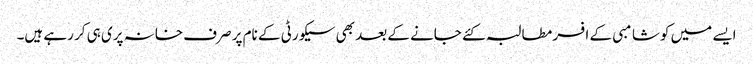
ایسے میں کوشامبی کے افسر مطالبہ کئے جانے کے بعد بھی سیکورٹی کے نام پر صرف خانہ پری ہی کر رہے ہیں۔